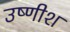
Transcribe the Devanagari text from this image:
उष्णीश